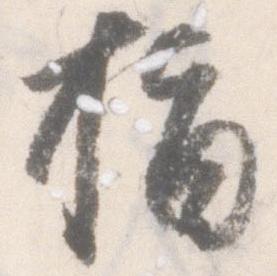
指